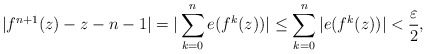
\begin{align*}|f^{n+1}(z) - z - n - 1| = |\sum_{k=0}^n e(f^k(z))| \leq \sum_{k=0}^n |e(f^k(z))|< \frac{\varepsilon}{2},\end{align*}